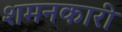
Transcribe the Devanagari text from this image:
शमनकारी